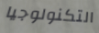
التكنولوجيا